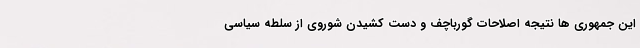
این جمهوری ها نتیجه اصلاحات گورباچف و دست کشیدن شوروی از سلطه سیاسی